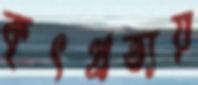
কৃৎপ্রত্যয়